Indian Civil Veterinary Department memoirs
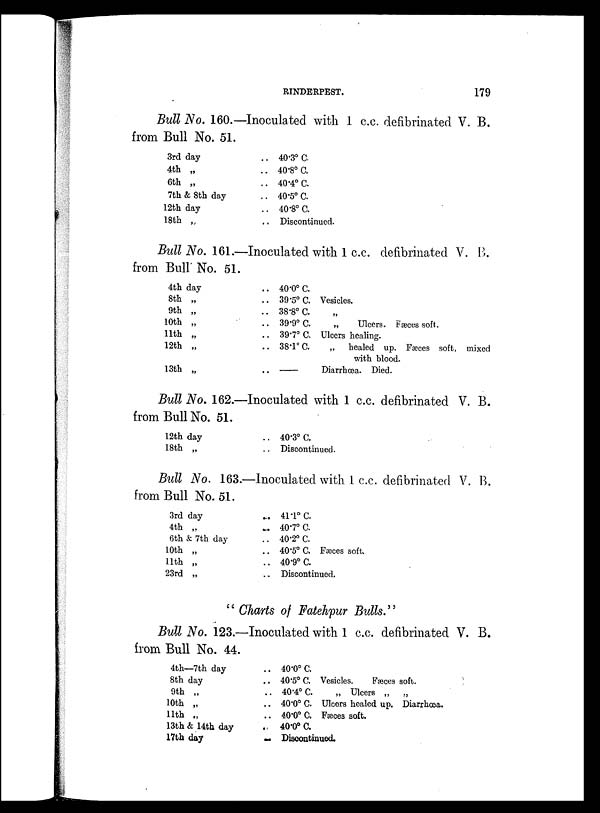
RINDERPEST.
179
Bull No. 160.—Inoculated with 1 c.c. defibrinated V. B.
from Bull No. 51.
3rd day
4th „
6th „
7th & 8th day
12th day
18th „
.. 40.3º C.
.. 40.8º C.
.. 40.4º C.
.. 40.5º C.
.. 40.8º C.
.. Discontinued.
Bull No. 161.—Inoculated with 1 c.c. defibrinated V. B.
from Bull No. 51.
4th day
8th „
9th „
10th „
11th „
12th „
13th „
.. 40.0º C.
.. 39.5º C. Vesicles.
.. 38.8º C. „
.. 39.9º C.
„
Ulcers. Fæces soft,
.. 39.7º C. Ulcers healing.
.. 38.1º C.
„
healed up. Fæces soft, mixed
with blood.
..
—
Diarrhœa. Died.
Bull No. 162.—Inoculated with 1 c.c. defibrinated V. B.
from Bull No. 51.
12th day
18th „
.. 40.3º C.
.. Discontinued.
Bull No, 163.—Inoculated with 1 c.c. defibrinated V. B.
from Bull No. 51.
3rd day
4th „
6th & 7th day
10th „
11th „
23rd „
.. 41.1º C.
.. 40.7º C.
.. 40.2º C.
.. 40.5º C. Fæces soft.
.. 40.9º C.
.. Discontinued.
" Charts of Fatehpur Bulls."
Bull No. 123.—Inoculated with 1 c.c. defibrinated V. B.
from Bull No. 44.
4th—7th day
8th day
9th „
10th „
11th „
13th & 14th day
17th day
.. 40.0º C.
.. 40.5º C. Vesicles.
Fæces soft.
.. 40.4º C.
„ Ulcers „
„
.. 40.0º C. Ulcers healed up. Diarrhœa.
.. 40.0º C. Fæces soft.
.. 40.0º C.
.. Discontinued.